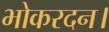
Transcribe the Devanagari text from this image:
भोकरदन।